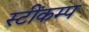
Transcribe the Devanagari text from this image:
स्टींकम्प